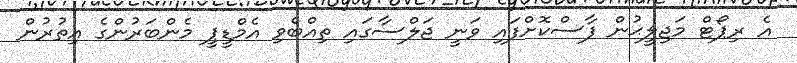
އެ ރިޕޯޓް މަޖިލީޙުން ފާސްކޮށްފައި ވަނީ ޖަލްސާގައި ތިއްބެވި އެމްޑީޕީ މެންބަރުންގެ އިތުރުން